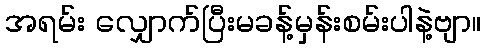
အရမ်း လျှောက်ပြီးမခန့်မှန်းစမ်းပါနဲ့ဗျာ။